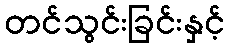
တင်သွင်းခြင်းနှင့်